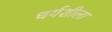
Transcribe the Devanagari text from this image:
धर्यशीला